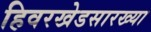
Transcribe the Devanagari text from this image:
हिवरखेडसारख्या